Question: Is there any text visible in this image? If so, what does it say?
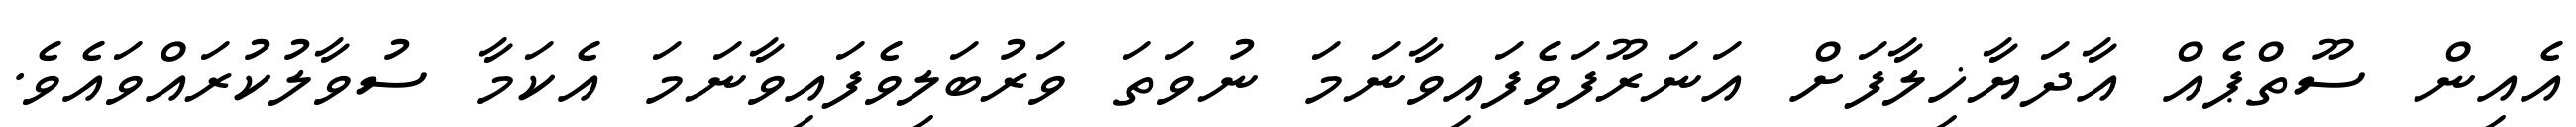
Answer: އެއިން ސޫތްޕެއް އާދަޔާޚިލާފަށް އަނަރޫފަވެފައިވާނަމަ ނުވަތަ ވަރުބަލިވެފައިވާނަމަ އެކަމާ ސުވާލުކުރައްވައެވެ.